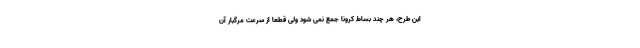
این طرح، هر چند بساط کرونا جمع نمی شود ولی قطعاً از سرعت مرگبار آن